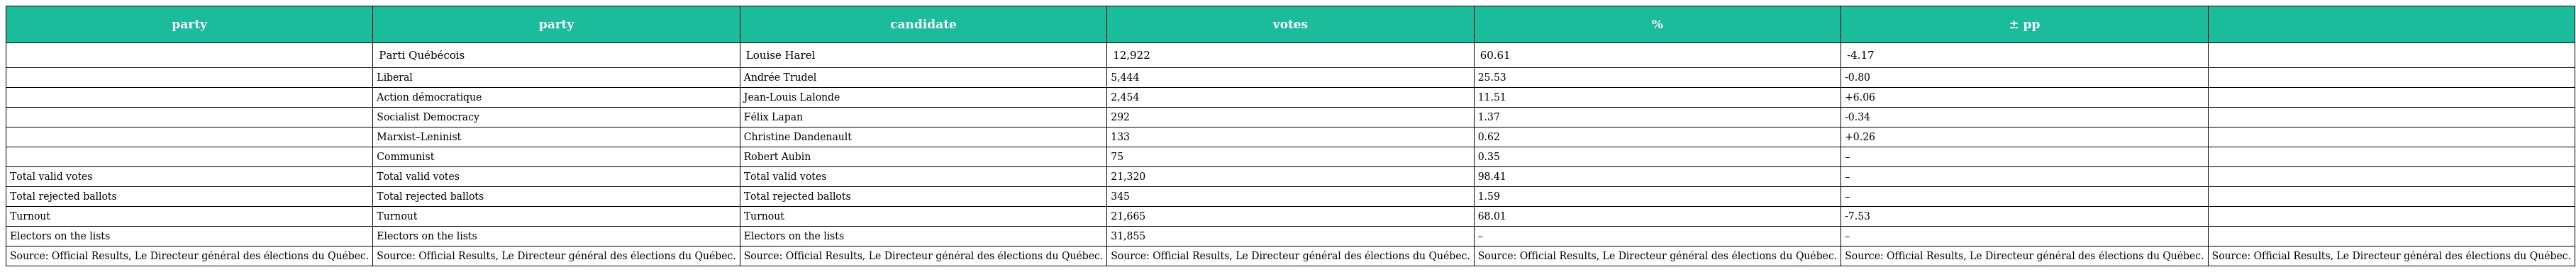
| party | party | candidate | votes | % | ± pp |  |
 | --- | --- | --- | --- | --- | --- | --- |
 |  | Parti Québécois | Louise Harel | 12,922 | 60.61 | -4.17 |  |
 |  | Liberal | Andrée Trudel | 5,444 | 25.53 | -0.80 |  |
 |  | Action démocratique | Jean-Louis Lalonde | 2,454 | 11.51 | +6.06 |  |
 |  | Socialist Democracy | Félix Lapan | 292 | 1.37 | -0.34 |  |
 |  | Marxist–Leninist | Christine Dandenault | 133 | 0.62 | +0.26 |  |
 |  | Communist | Robert Aubin | 75 | 0.35 | – |  |
 | Total valid votes | Total valid votes | Total valid votes | 21,320 | 98.41 | – |  |
 | Total rejected ballots | Total rejected ballots | Total rejected ballots | 345 | 1.59 | – |  |
 | Turnout | Turnout | Turnout | 21,665 | 68.01 | -7.53 |  |
 | Electors on the lists | Electors on the lists | Electors on the lists | 31,855 | – | – |  |
 | Source: Official Results, Le Directeur général des élections du Québec. | Source: Official Results, Le Directeur général des élections du Québec. | Source: Official Results, Le Directeur général des élections du Québec. | Source: Official Results, Le Directeur général des élections du Québec. | Source: Official Results, Le Directeur général des élections du Québec. | Source: Official Results, Le Directeur général des élections du Québec. | Source: Official Results, Le Directeur général des élections du Québec. |